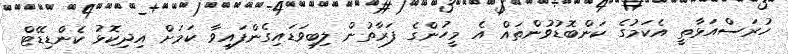
ހުރަސްއަޅާތީ އެކަމުގެ ކަންބޮޑުވުންތައް އެ މީހުންގެ ފަރާތުން ލިބިވަޑައިގެންފައިވާ ކަމަށް އިދިކޮޅު ކެންޑިޑޭޓް